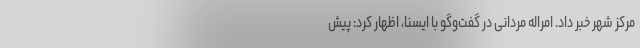
مرکز شهر خبر داد. امراله مردانی در گفت‌وگو با ایسنا، اظهار کرد: پیش